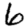
Digit: 6